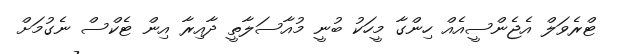
ޓްރެވަލް އެޖެންސީއެއް ހިންގާ މީހަކު ބުނީ މުއާސަލާތީ ދާއިރާ އިން ޓެކްސް ނެގުމަށް